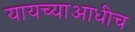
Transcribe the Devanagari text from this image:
यायच्याआधीच